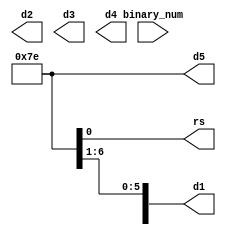
module display(
    input [15:0] binary_num,
    output rs,
    output reg [6:0] d1,d2,d3,d4,d5
    );
    
    integer btd;
    
    initial begin
        btd = 5'd0;
    end
    
    integer i;
    always @(*) begin
        for (i = 0 ; i < 16 ; i = i+1) begin
            btd = btd + (2**i)*binary_num[i];
        end
        case (btd[4])
            1'd0: d5 = 7'b1111110;
            1'd1: d5 = 7'b1111110;
            1'd2: d5 = 7'b1111110;
            1'd3: d5 = 7'b1111110;
            1'd4: d5 = 7'b1111110;
            1'd0: d5 = 7'b1111110;
            1'd0: d5 = 7'b1111110;
            1'd0: d5 = 7'b1111110;
            1'd0: d5 = 7'b1111110;
            1'd0: d5 = 7'b1111110;
        endcase
    end
    
    
endmodule